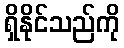
ရှိနိုင်သည်ကို